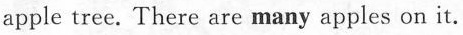
apple tree. There are many apples on it.